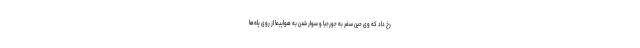
رخ داد که وی حین سفر به جورجیا و سوار شدن به هواپیما از روی پله‌ها